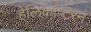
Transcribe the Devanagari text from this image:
हेलिकॉप्टरनं